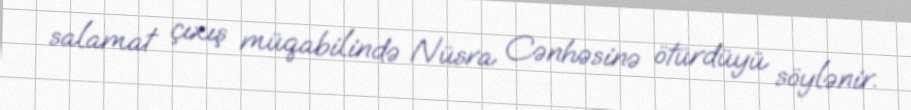
salamat çıxış müqabilində Nüsra Cənhəsinə ötürdüyü söylənir.